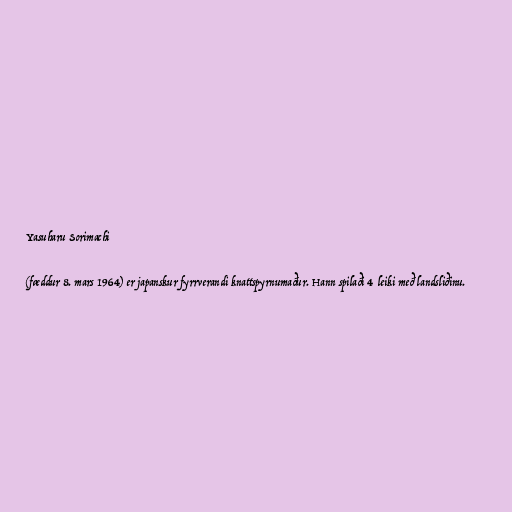
Yasuharu Sorimachi

(fæddur 8. mars 1964) er japanskur fyrrverandi knattspyrnumaður. Hann spilaði 4 leiki með landsliðinu.